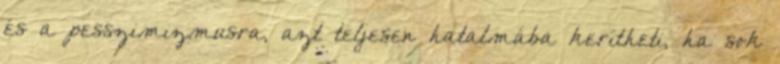
és a pesszimizmusra, azt teljesen hatalmába kerítheti, ha sok